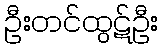
ဦးတင်ထွဋ်ဦး